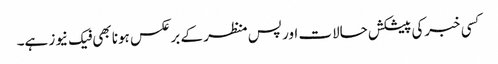
کسی خبرکی پیشکش حالات اور پس منظر کے برعکس ہونا بھی فیک نیوز ہے۔